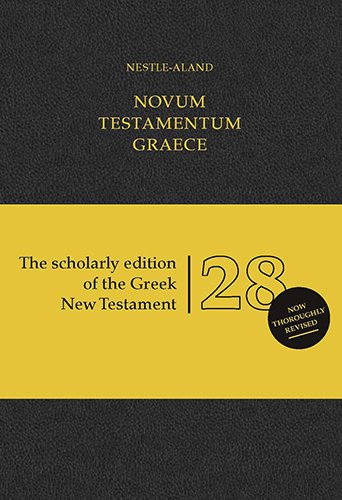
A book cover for Novum Testamentum Graece: Nestle-Aland  (Greek Edition); Christian Books & Bibles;